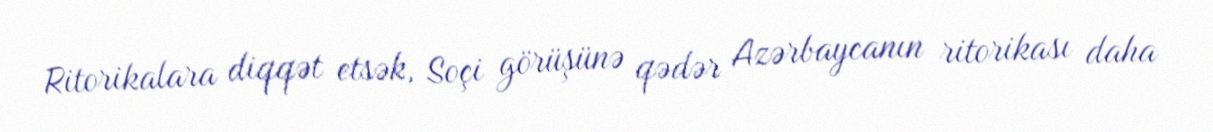
Ritorikalara diqqət etsək, Soçi görüşünə qədər Azərbaycanın ritorikası daha